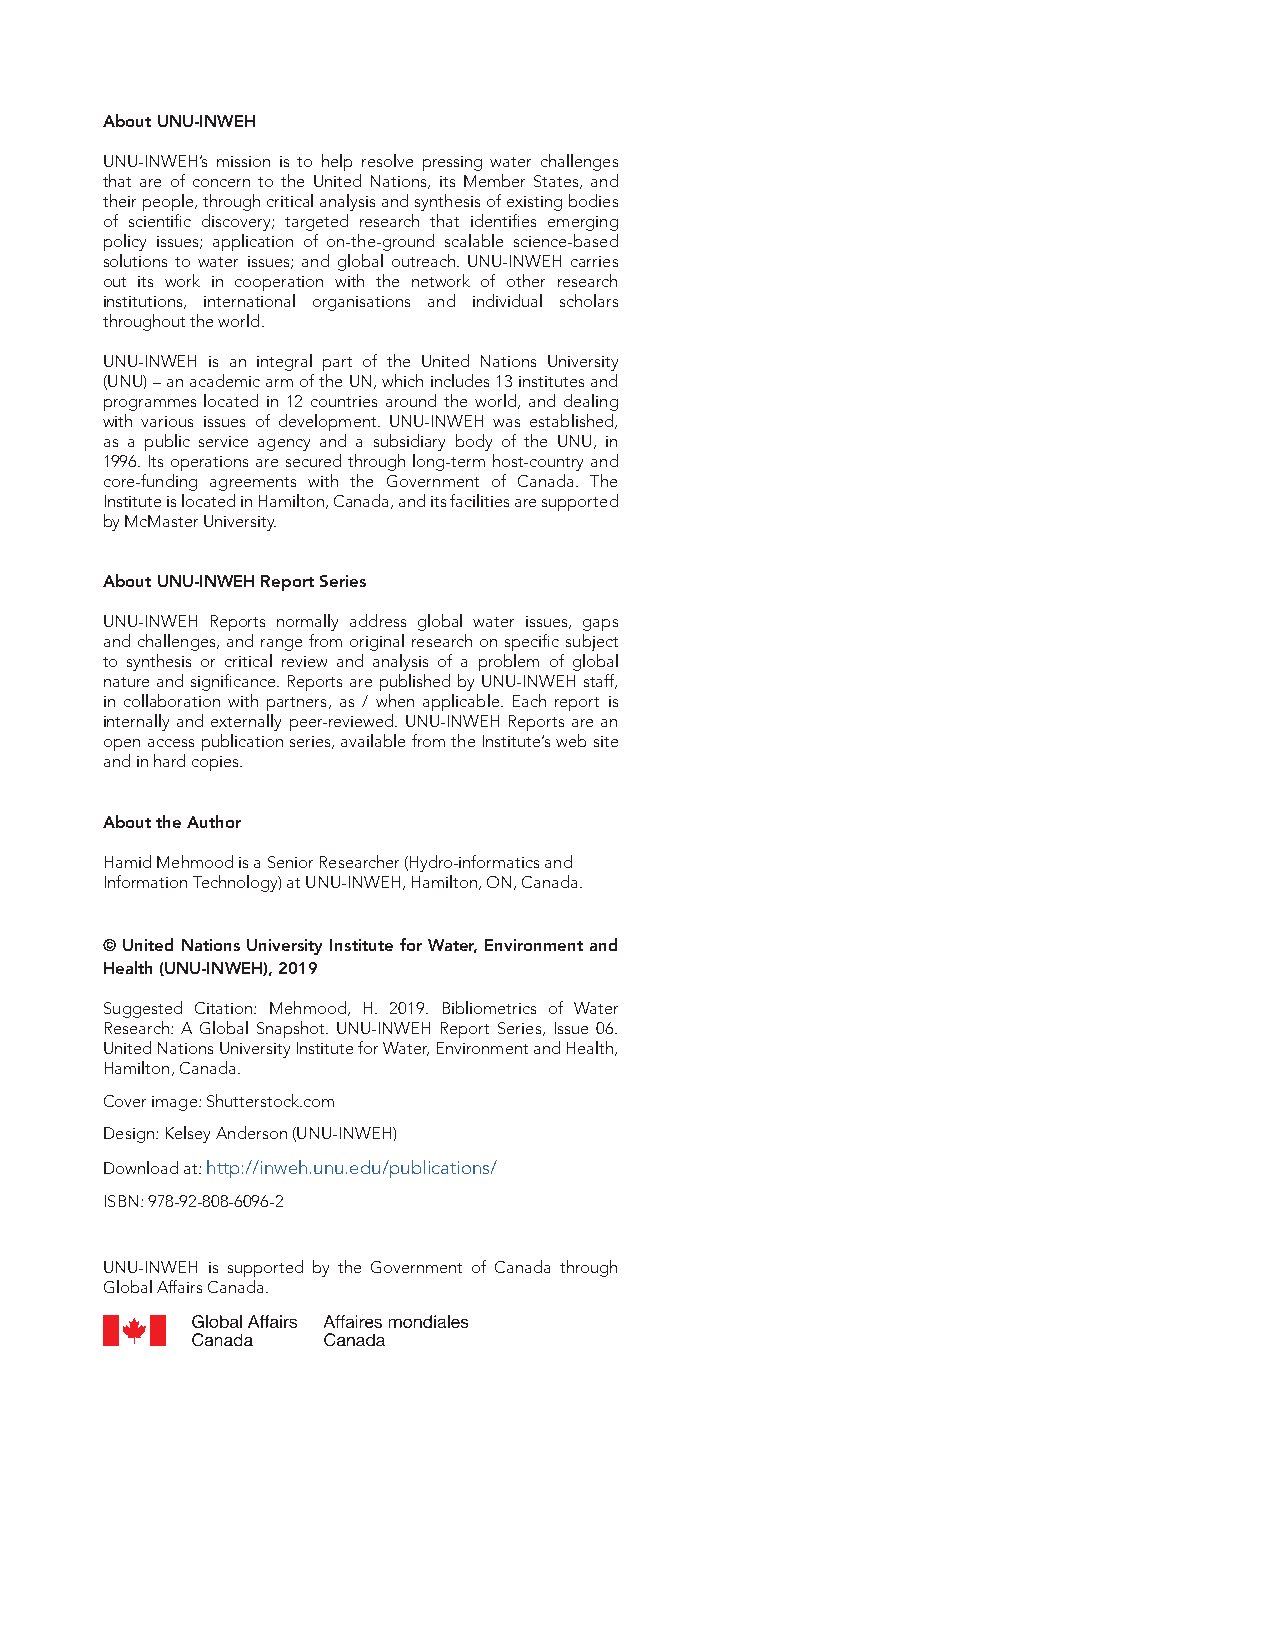
About UNU-INWEH
 UNU-INWEH’s mission is to help resolve pressing water challenges
 that are of concern to the United Nations, its Member States, and
 their people, through critical analysis and synthesis of existing bodies
 of scientific discovery; targeted research that identifies emerging
 policy issues; application of on-the-ground scalable science-based
 solutions to water issues; and global outreach. UNU-INWEH carries
 out its work in cooperation with the network of other research
 institutions, international organisations and individual scholars
 throughout the world.
 UNU-INWEH is an integral part of the United Nations University
 (UNU) – an academic arm of the UN, which includes 13 institutes and
 programmes located in 12 countries around the world, and dealing
 with various issues of development. UNU-INWEH was established,
 as a public service agency and a subsidiary body of the UNU, in
 1996. Its operations are secured through long-term host-country and
 core-funding agreements with the Government of Canada. The
 Institute is located in Hamilton, Canada, and its facilities are supported
 by McMaster University.
 About UNU-INWEH Report Series
 UNU-INWEH Reports normally address global water issues, gaps
 and challenges, and range from original research on specific subject
 to synthesis or critical review and analysis of a problem of global
 nature and significance. Reports are published by UNU-INWEH staff,
 in collaboration with partners, as / when applicable. Each report is
 internally and externally peer-reviewed. UNU-INWEH Reports are an
 open access publication series, available from the Institute’s web site
 and in hard copies.
 About the Author
 Hamid Mehmood is a Senior Researcher (Hydro-informatics and
 Information Technology) at UNU-INWEH, Hamilton, ON, Canada.
 © United Nations University Institute for Water, Environment and
 Health (UNU-INWEH), 2019
 Suggested Citation: Mehmood, H. 2019. Bibliometrics of Water
 Research: A Global Snapshot. UNU-INWEH Report Series, Issue 06.
 United Nations University Institute for Water, Environment and Health,
 Hamilton, Canada.
 Cover image: Shutterstock.com
 Design: Kelsey Anderson (UNU-INWEH)
 Download at: http://inweh.unu.edu/publications/
 ISBN: 978-92-808-6096-2
 UNU-INWEH is supported by the Government of Canada through
 Global Affairs Canada.